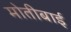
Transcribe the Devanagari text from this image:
मोतीबाई